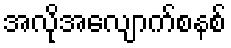
အလိုအလျောက်စနစ်